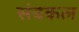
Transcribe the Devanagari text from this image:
संबकल